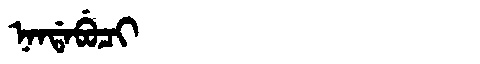
Manchu: ᠨᠠᠨᡩᠠᠪᡠᠴᡳ
Romanization: NANDABUCI